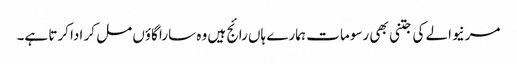
مرنیوالے کی جتنی بھی رسوما ت ہمارے ہاں رائج ہیں وہ سارا گاؤں مل کر ادا کرتا ہے۔